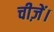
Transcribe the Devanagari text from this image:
चीज़ें।